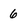
Character: 6